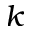
k